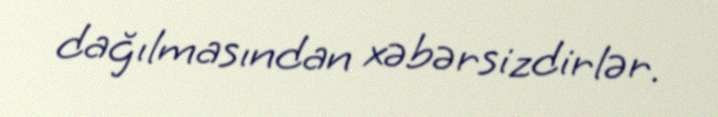
dağılmasından xəbərsizdirlər.